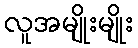
လူအမျိုးမျိုး